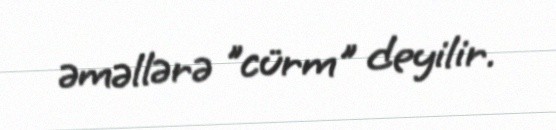
əməllərə "cürm" deyilir.